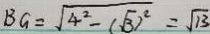
B G = \sqrt { 4 ^ { 2 } - ( \sqrt { 3 } ) ^ { 2 } } = \sqrt { 1 3 }